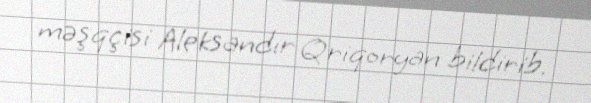
məşqçisi Aleksandır Qriqoryan bildirib.